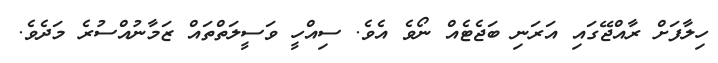
ހިލާފަށް ރާއްޖޭގައި އަރަނި ބަޖެޓެއް ނޯވެ އެވެ. ސިއްހީ ވަސީލަތްތައް ޒަމާނުއްސުރެ މަދެވެ.